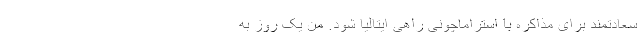
سعادتمند برای مذاکره با استراماچونی راهی ایتالیا شود. من یک روز به